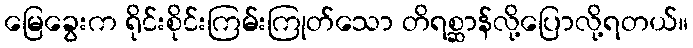
မြေခွေးက ရိုင်းစိုင်းကြမ်းကြုတ်သော တိရစ္ဆာန်လို့ပြောလို့ရတယ်။